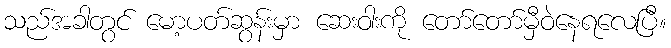
သည်အခါတွင် မော့ပတ်ဆွန်းမှာ ဆေးဝါးကို တော်တော်မှီဝဲနေရလေပြီ။